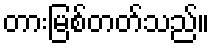
တားမြစ်တတ်သည်။